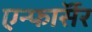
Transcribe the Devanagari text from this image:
एन्फाॅर्सर